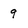
Character: 9